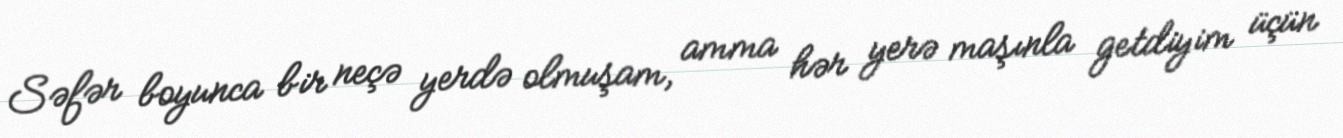
Səfər boyunca bir neçə yerdə olmuşam, amma hər yerə maşınla getdiyim üçün